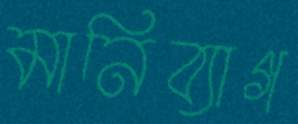
মানিব্যাগ